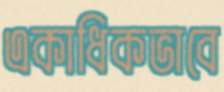
একাধিকভাবে